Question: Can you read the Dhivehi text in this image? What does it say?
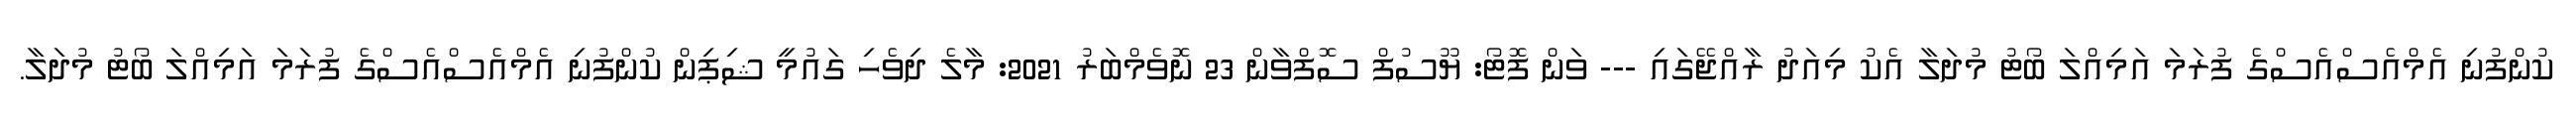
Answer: ކުންފުނި އެމްއެސްއެސްގެ ފުރަމަ އަމިއްލަ ބޯޓު މުދަލާ އެކު މިއަދު ރާއްޖޭގައި --- ވަން ފޮޓޯ: ޔޫސުފް ސޮފްވާން 23 ނޮވެމްބަރު 2021: މާލެ ދިވެހި ގައުމީ ޝިޕިން ކުންފުނި އެމްއެސްއެސްގެ ފުރަމަ އަމިއްލަ ބޯޓު މުދަލާ.